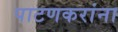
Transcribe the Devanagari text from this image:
पाटणकरांना